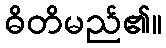
ဓိတိမည်၏။